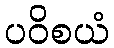
ပဝိစယံ